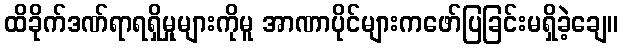
ထိခိုက်ဒဏ်ရာရရှိမှုများကိုမူ အာဏာပိုင်များကဖော်ပြခြင်းမရှိခဲ့ချေ။